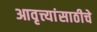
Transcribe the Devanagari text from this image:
आवृत्त्यांसाठीचे